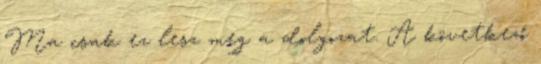
Ma csak ez lesz meg a dolgozat. A következő